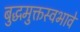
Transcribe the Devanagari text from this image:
बुद्धमुक्तस्वभावे